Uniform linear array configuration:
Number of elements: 4
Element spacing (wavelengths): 0.75
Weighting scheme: uniform
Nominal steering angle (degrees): -60
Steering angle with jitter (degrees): -60.591
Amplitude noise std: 0.05
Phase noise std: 0.05

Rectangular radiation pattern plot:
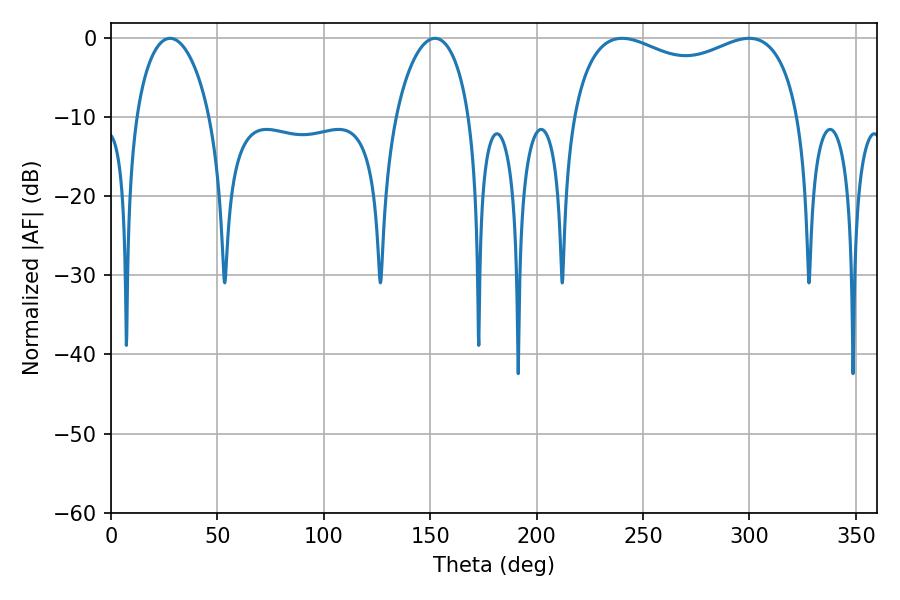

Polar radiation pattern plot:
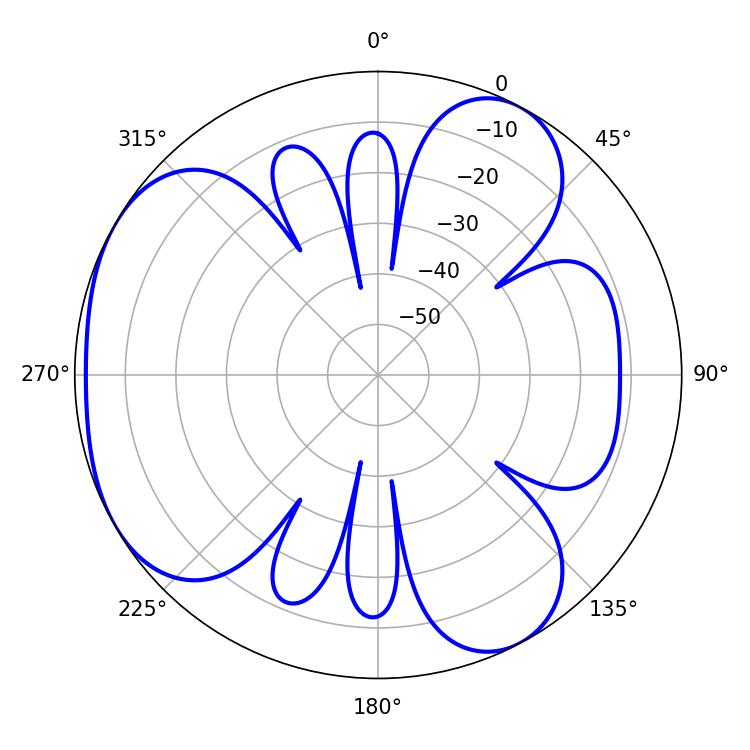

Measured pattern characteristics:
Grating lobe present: TRUE
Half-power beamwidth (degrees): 88.56
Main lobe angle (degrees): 240.12